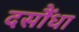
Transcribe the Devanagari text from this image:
दसौंधा